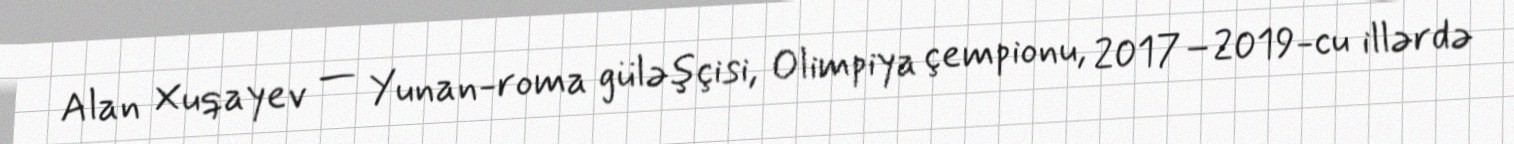
Alan Xuqayev — Yunan-roma güləşçisi, Olimpiya çempionu, 2017–2019-cu illərdə